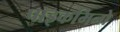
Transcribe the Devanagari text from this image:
पाइकमिनो